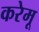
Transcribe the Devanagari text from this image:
करेमू